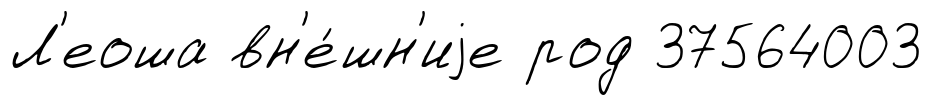
Л'еоша вн'е́шн'иjе род 37564003